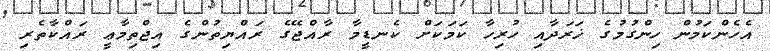
އެހެންކަމުން ހިންގުމުގެ ޚަރަދާއި ހުރިހާ ކަމަކަށް ކެނޑީމާ ރާއްޖޭގެ ރައްޔިތުންގެ އިޖްތިމާޢީ ރައްކާތެރި